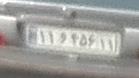
۱۱و۴۵۶۱۱